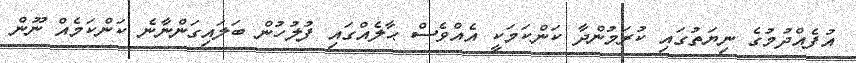
އުފެއްދުމުގެ ނިޔަތުގައި ކުރަމުންދާ ކަންކަމަކީ އެއްވެސް ޙާލެއްގައި ފުލުހުން ބަލައިގަންނާނެ ކަންކަމެއް ނޫން